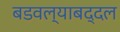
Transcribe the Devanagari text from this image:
बडवल्याबद्दल